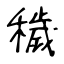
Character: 穢